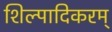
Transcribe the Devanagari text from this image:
शिल्पादिकरम्